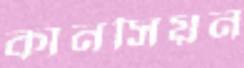
কানসিয়ন